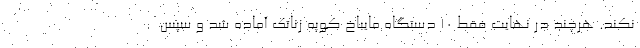
نکند. هرچند در نهایت فقط 10 دستگاه مایباخ کوپه زناتک آماده شد و سپس